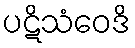
ပဋိသံဝေဒိ